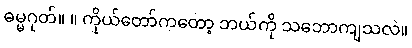
ဓမ္မဂုတ်။ ။ ကိုယ်တော်ကတော့ ဘယ်ကို သဘောကျသလဲ။